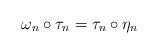
LaTeX: \begin{align*}\omega_n\circ\tau_n=\tau_n\circ\eta_n\end{align*}